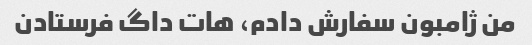
من ژامبون سفارش دادم، هات داگ فرستادن